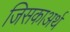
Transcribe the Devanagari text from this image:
जिसकाअर्थ